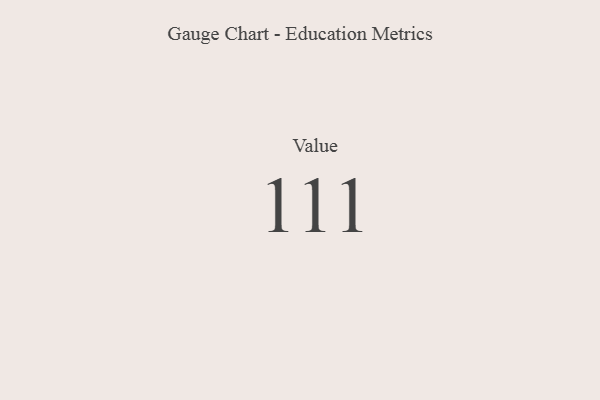
{"axis": {"x": "Metric", "y": "Value"}, "legend": [""], "data": [{"x": "Value", "y": 111, "type": ""}]}